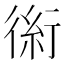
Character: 𰳪